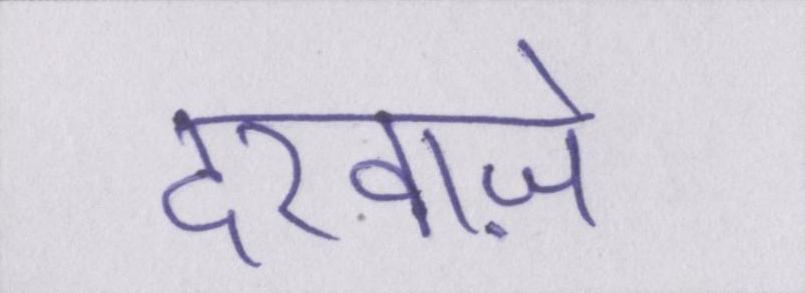
दरवाज़े